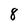
Character: 8